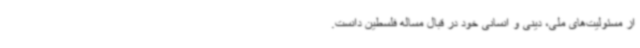
از مسئولیت‌های ملی، دینی و انسانی خود در قبال مساله فلسطین دانست.